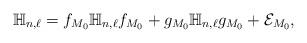
LaTeX: \begin{align*} \mathbb{H}_{n,\ell} = f_{M_0} \mathbb{H}_{n,\ell} f_{M_0} + g_{M_0} \mathbb{H}_{n,\ell} g_{M_0} + \mathcal{E}_{M_0},\end{align*}